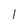
Character: l